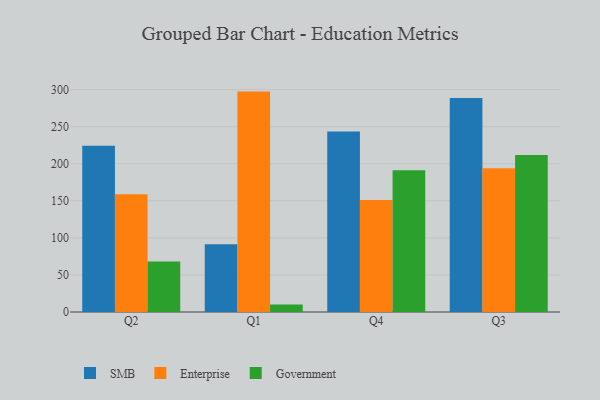
{"axis": {"x": "Quarter", "y": "Energy Usage (MWh)"}, "legend": ["Enterprise", "Government", "SMB"], "data": [{"x": "Q2", "y": 224.2, "type": "SMB"}, {"x": "Q2", "y": 158.9, "type": "Enterprise"}, {"x": "Q2", "y": 68.1, "type": "Government"}, {"x": "Q1", "y": 91.3, "type": "SMB"}, {"x": "Q1", "y": 297.3, "type": "Enterprise"}, {"x": "Q1", "y": 10.2, "type": "Government"}, {"x": "Q4", "y": 243.5, "type": "SMB"}, {"x": "Q4", "y": 151.0, "type": "Enterprise"}, {"x": "Q4", "y": 191.1, "type": "Government"}, {"x": "Q3", "y": 288.7, "type": "SMB"}, {"x": "Q3", "y": 193.9, "type": "Enterprise"}, {"x": "Q3", "y": 211.8, "type": "Government"}]}